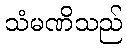
သံမဏိသည်